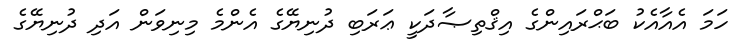
ހަމަ އެއާއެކު ބަޙްރައިންގެ އިޤްތިޞާދަކީ ޢަރަބި ދުނިޔޭގެ އެންމެ މިނިވަން އަދި ދުނިޔޭގެ